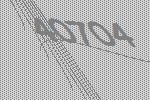
40704